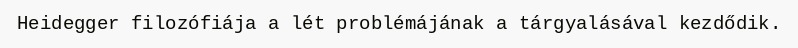
Heidegger filozófiája a lét problémájának a tárgyalásával kezdődik.